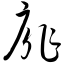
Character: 扉